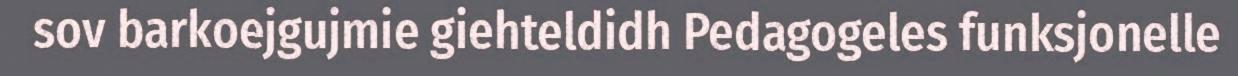
sov barkoejgujmie giehteldidh Pedagogeles funksjonelle